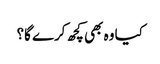
کیا وہ بھی کچھ کرے گا؟